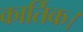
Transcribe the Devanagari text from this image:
कार्तिक।